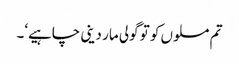
تم مسلوں کو تو گولی مار دینی چاہیے‘۔